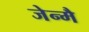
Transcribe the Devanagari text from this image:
जेन्मै